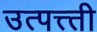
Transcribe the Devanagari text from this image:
उत्पत्त्ती